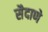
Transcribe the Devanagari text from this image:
सैदाणे